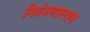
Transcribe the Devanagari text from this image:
नियंत्रणास्तव